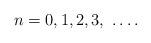
LaTeX: \begin{align*}\qquad n=0,1,2,3,\ \dots .\end{align*}